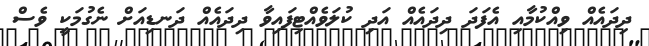
ދިދައެއް ވިއްކުމާއި އެފަދަ ދިދައެއް އަދި ކުލަވެއްޓިފައިވާ ދިދައެއް ދަނޑިއަށް ނެގުމަކީ ވެސް